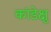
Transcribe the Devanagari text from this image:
कांडेक्षु